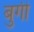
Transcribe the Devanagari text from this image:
बुगी